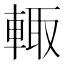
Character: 輙